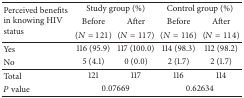
| <ROWSPAN=3> Perceived benefits in knowing HIV status | <COLSPAN=2> Study group (%) | <COLSPAN=2> Control group (%) |
 | Before | After | Before | After |
 | (N = 121) | (N = 117) | (N = 116) | (N = 114) |
 | --- | --- | --- | --- | --- |
 | Yes | 116 (95.9) | 117 (100.0) | 114 (98.3) | 112 (98.2) |
 | No | 5 (4.1) | 0 (0.0) | 2 (1.7) | 2 (1.7) |
 | Total | 121 | 117 | 116 | 114 |
 | P value | <COLSPAN=2> 0.07669 | <COLSPAN=2> 0.62634 |